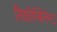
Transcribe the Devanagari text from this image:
रिकॉम्बिनेन्ट